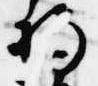
将